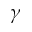
\gamma